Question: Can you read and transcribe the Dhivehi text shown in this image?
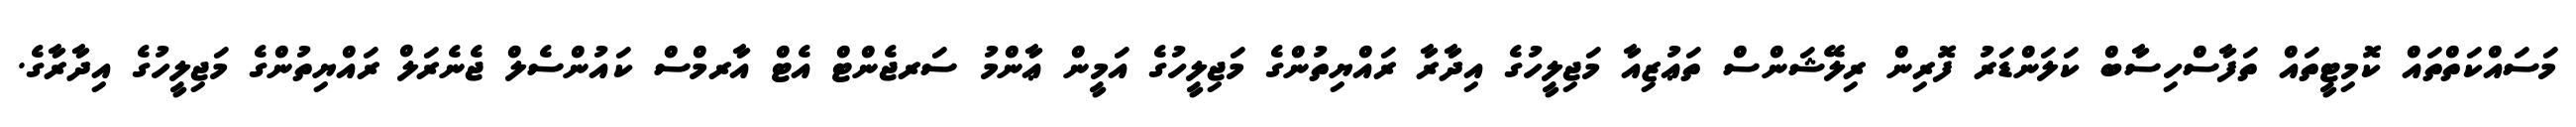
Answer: މަސައްކަތްތައް ކޮމިޓީތައް ތަފާސްހިސާބް ކަލަންޑަރު ފޮރިން ރިލޭޝަންސް ތަޢުޒިއާ މަޖިލީހުގެ އިދާރާ ރައްޔިތުންގެ މަޖިލީހުގެ އަމީން ޢާންމު ސަރޖެންޓް އެޓް އާރމްސް ކައުންސެލް ޖެނެރަލް ރައްޔިތުންގެ މަޖިލީހުގެ އިދާރާގެ.